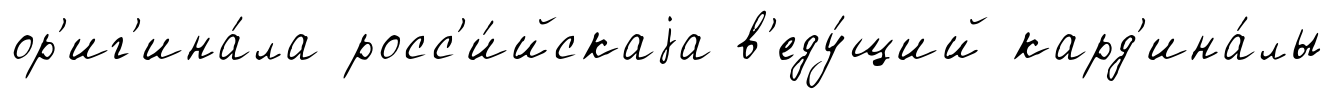
ор'иг'ина́ла росс'и́йскаjа в'еду́щий кард'ина́лы